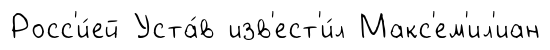
Росс'и́ей Уста́в изв'ест'и́л Макс'ем'ил'иан